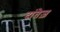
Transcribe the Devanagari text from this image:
दांतेज़